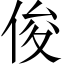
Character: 俊